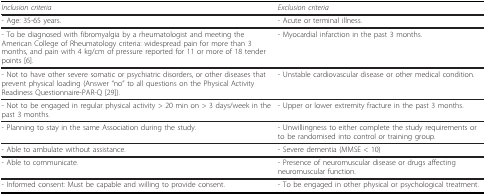
<table><thead><tr><td><b><i>Inclusion criteria</i></b></td><td><b><i>Exclusion criteria</i></b></td></tr></thead><tbody><tr><td>- Age: 35-65 years.</td><td>- Acute or terminal illness.</td></tr><tr><td>- To be diagnosed with fibromyalgia by a rheumatologist and meeting the American College of Rheumatology criteria: widespread pain for more than 3 months, and pain with 4 kg/cm of pressure reported for 11 or more of 18 tender points [6].</td><td>- Myocardial infarction in the past 3 months.</td></tr><tr><td>- Not to have other severe somatic or psychiatric disorders, or other diseases that prevent physical loading (Answer &quot;no&quot; to all questions on the Physical Activity Readiness Questionnaire-PAR-Q [29]).</td><td>- Unstable cardiovascular disease or other medical condition.</td></tr><tr><td>- Not to be engaged in regular physical activity &gt; 20 min on &gt; 3 days/week in the past 3 months.</td><td>- Upper or lower extremity fracture in the past 3 months.</td></tr><tr><td>- Planning to stay in the same Association during the study.</td><td>- Unwillingness to either complete the study requirements or to be randomised into control or training group.</td></tr><tr><td>- Able to ambulate without assistance.</td><td>- Severe dementia (MMSE &lt; 10)</td></tr><tr><td>- Able to communicate.</td><td>- Presence of neuromuscular disease or drugs affecting neuromuscular function.</td></tr><tr><td>- Informed consent: Must be capable and willing to provide consent.</td><td>- To be engaged in other physical or psychological treatment.</td></tr></tbody></table>